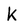
Character: K